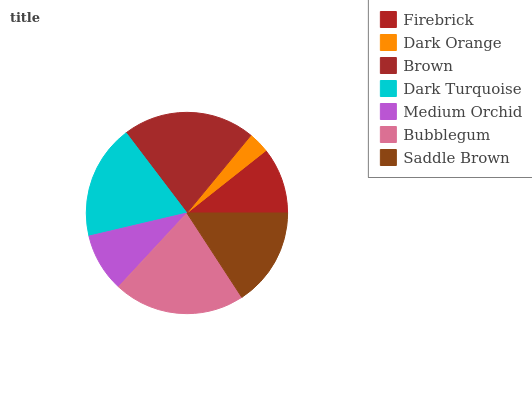
| Firebrick | Dark Orange | Brown | Dark Turquoise | Medium Orchid | Bubblegum | Saddle Brown |
 | --- | --- | --- | --- | --- | --- | --- |
 | 10.7% | 3.39% | 21.3% | 18.3% | 9.43% | 21% | 15.8% |